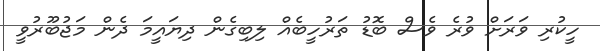
ހީކުރި ވަރަށް ވުރެ ވެސް ބޮޑު ތަރުހީބެއް ލިބިގެން ދިޔައީމަ ދެން މަޖުބޫރުވީ